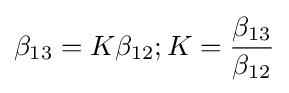
\beta _{13}=K\beta _{12};K={\frac {\beta _{13}}{\beta _{12}}}